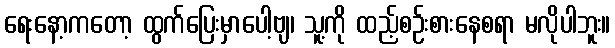
ရေးနော့ကတော့ ထွက်ပြေးမှာပေါ့ဗျ၊ သူ့ကို ထည့်စဉ်းစားနေစရာ မလိုပါဘူး။